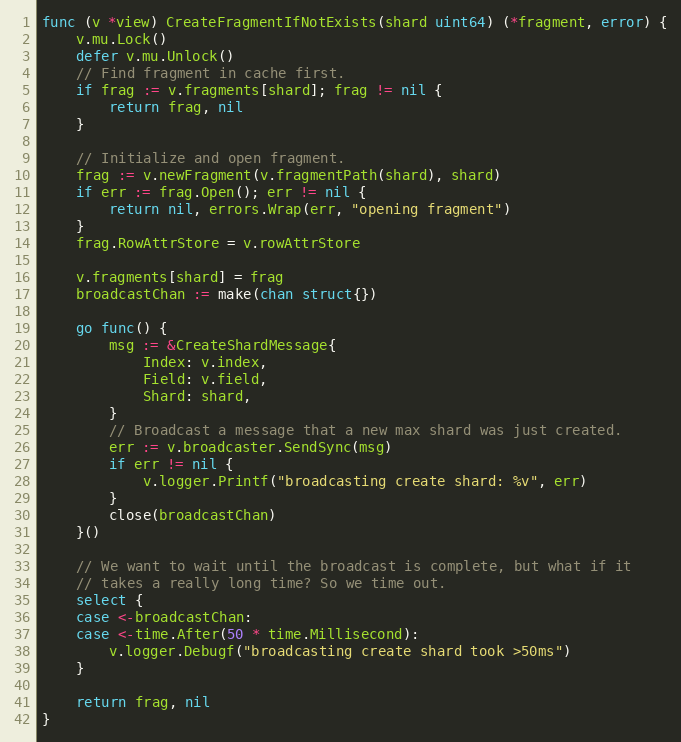
Language: Go
func (v *view) CreateFragmentIfNotExists(shard uint64) (*fragment, error) {
	v.mu.Lock()
	defer v.mu.Unlock()
	// Find fragment in cache first.
	if frag := v.fragments[shard]; frag != nil {
		return frag, nil
	}

	// Initialize and open fragment.
	frag := v.newFragment(v.fragmentPath(shard), shard)
	if err := frag.Open(); err != nil {
		return nil, errors.Wrap(err, "opening fragment")
	}
	frag.RowAttrStore = v.rowAttrStore

	v.fragments[shard] = frag
	broadcastChan := make(chan struct{})

	go func() {
		msg := &CreateShardMessage{
			Index: v.index,
			Field: v.field,
			Shard: shard,
		}
		// Broadcast a message that a new max shard was just created.
		err := v.broadcaster.SendSync(msg)
		if err != nil {
			v.logger.Printf("broadcasting create shard: %v", err)
		}
		close(broadcastChan)
	}()

	// We want to wait until the broadcast is complete, but what if it
	// takes a really long time? So we time out.
	select {
	case <-broadcastChan:
	case <-time.After(50 * time.Millisecond):
		v.logger.Debugf("broadcasting create shard took >50ms")
	}

	return frag, nil
}